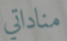
مناداتي